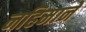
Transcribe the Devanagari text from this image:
नहिमाने